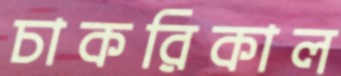
চাকরিকাল